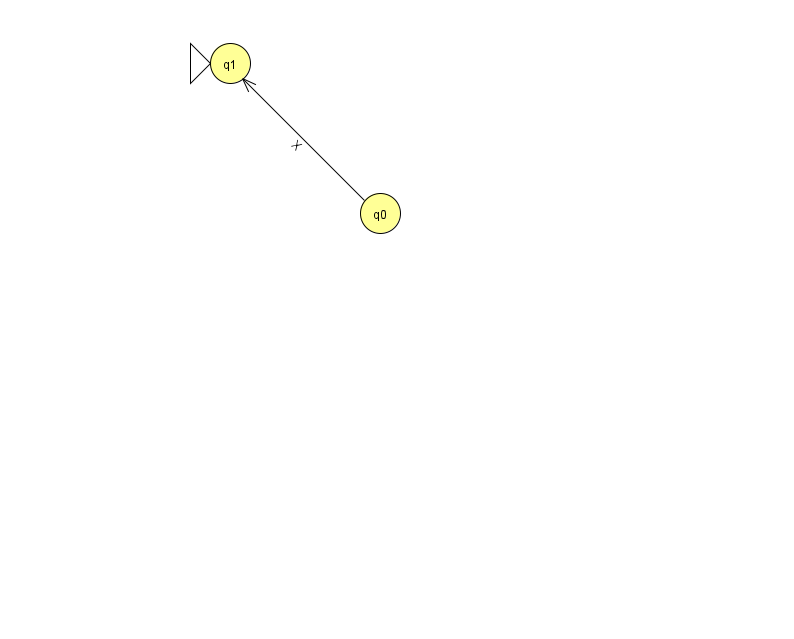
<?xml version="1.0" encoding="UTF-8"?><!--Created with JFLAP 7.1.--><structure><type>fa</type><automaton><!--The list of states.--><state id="0" name="q0"><x>380.0</x><y>200.0</y></state><state id="1" name="q1"><x>230.0</x><y>50.0</y><initial/></state><!--The list of transitions.--><transition><from>0</from><to>1</to><read>X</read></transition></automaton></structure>